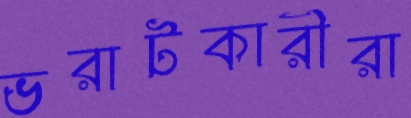
ভরাটকারীরা